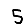
Digit: 5